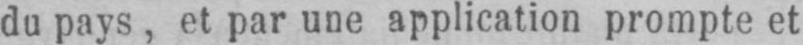
du pays, et par une application prompte et